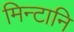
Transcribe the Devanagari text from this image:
मिन्टानि